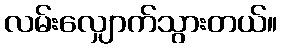
လမ်းလျှောက်သွားတယ်။